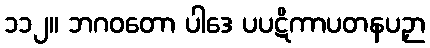
၁၁၂။ ဘဂဝတော ပါဒေ ပပဋိကာပတနပဉှာ